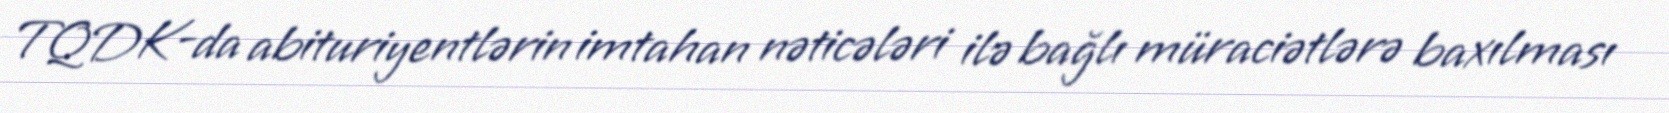
TQDK-da abituriyentlərin imtahan nəticələri ilə bağlı müraciətlərə baxılması